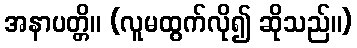
အနာပတ္တိ။ (လူမထွက်လို၍ ဆိုသည်။)